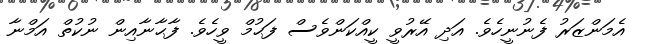
އެމަންޒަރު ފެނުނީހެވެ. އަދި އޭރުވީ ކީއްކަންވެސް ފަޙުމް ވީހެވެ. ފާޙާނާއިން ނުކުތް އަމްނާ